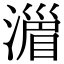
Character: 𣽪